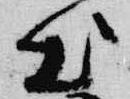
出